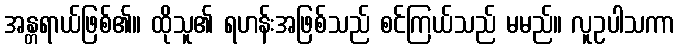
အန္တရာယ်ဖြစ်၏။ ထိုသူ၏ ရဟန်းအဖြစ်သည် စင်ကြယ်သည် မမည်။ လူဥပါသကာ